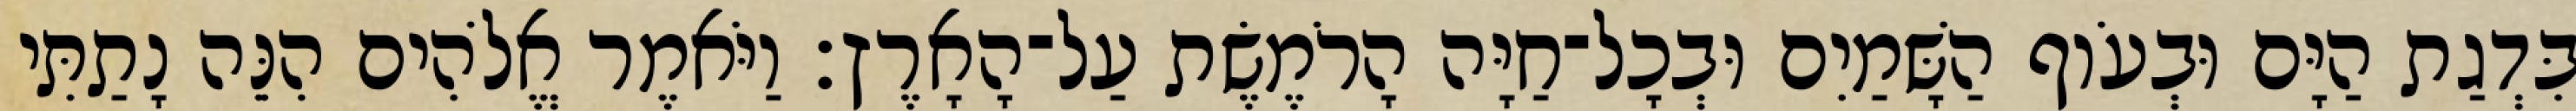
בִּדְגַת הַיָּם וּבְעֹוף הַשָּׁמַיִם וּבְכָל־חַיָּה הָרֹמֶשֶׂת עַל־הָאָרֶץ׃ וַיֹּאמֶר אֱלֹהִים הִנֵּה נָתַתִּי